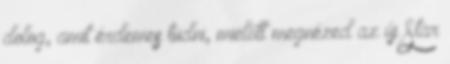
dolog, amit érdemes tudni, mielőtt megnézed az új Star